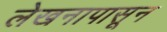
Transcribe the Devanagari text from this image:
लेखनापासून